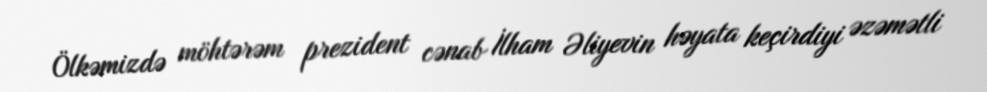
Ölkəmizdə möhtərəm prezident cənab İlham Əliyevin həyata keçirdiyi əzəmətli